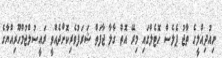
ނިއުދިއްލީގެ ތާޖު ޕެލެސް ހޮޓެލްގައި މިރޭ އޮތް ގާލާ ޖާފަތް ޝަރަފުވެރިކޮށްދެއްވީ ރައީސުލްޖުމްހޫރިއްޔާގެ